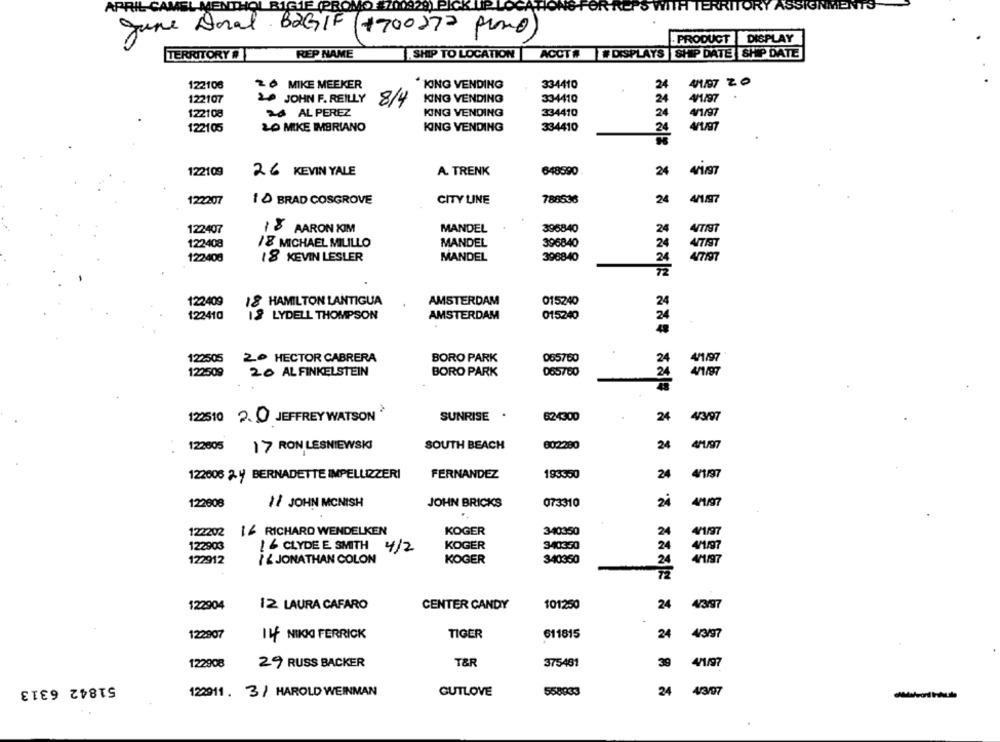
TOR
APRIL
MEN
LG1E
Jane Doral BaGIF
+700212 Pero)
DISPLAY
. PRODUCT
TERRITORY #
REP NAME
SHIP TO LOCATION
ACCT# #DISPLAYS SHIP DATE SHIP DATE
4/1/97 ZO
122108
20 MIKE MEEKER
KING VENDING
334410
24
4/1/97
122107
20 JOHN F. REILLY
8/4
KING VENDING
334410
24
24 AL PEREZ
4/1/97
122108
KING VENDING
334410
24
LO MIKE IMBRIANO
24
122105
KING VENDING
334410
122109
26 KEVIN YALE
A. TRENK
648590
24
41/97
122207
1 & BRAD COSGROVE
CITY LINE
788536
24
122407
15 AARON KIM
MANDEL
396840
24
4/7197
122408
18 MICHAEL MILILLO
MANDEL
396840
24
122408
18 KEVIN LESLER
MANDEL
396840
24
4/7/97
72
122409
18 HAMILTON LANTIGUA
AMSTERDAM
015240
24
122410
18 LYDELL THOMPSON
AMSTERDAM
015240
24
BORO PARK
4/1/97
122505
20 HECTOR CABRERA
065760
24
20 AL FINKELSTEIN
BORO PARK
065760
4/1/97
122509
24
12510 2. 0 JEFFREY WATSON
SUNRISE .
624300
24
4/3/97
SOUTH BEACH
002280
41/97
122605
17 RON LESNIEWSKI
24
195550
4/1/97
122006 2y BERNADETTE IMPELLIZZERI
FERNANDEZ
24
122608
11 JOHN MCNISH
JOHN BRICKS
073310
24
4/1/97
122202
14 RICHARD WENDELKEN
KOGER
340350
24
4/1/97
122903
16 CLYDE E. SMITH 4/2
KOGER
340350
24
4/1/97
122912
JONATHAN COLON
KOGER
340350
24
4/1/97
122904
12 LAURA CAFARO
CENTER CANDY
101250
24 4/3/97
122907
IL NIKKI FERRICK
TIGER
611815
24
4/3/97
122908
29 RUSS BACKER
T&R
375481
39
4/1/97
51842 6313
4/3/97
12911. 3 / HAROLD WEINMAN
CUTLOVE
558933
24
-